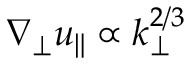
\nabla _ { \perp } u _ { \| } \propto k _ { \perp } ^ { 2 / 3 }